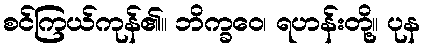
စင်ကြယ်ကုန်၏။ ဘိက္ခဝေ၊ ရဟန်းတို့။ ပုန